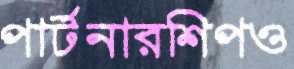
পার্টনারশিপও